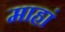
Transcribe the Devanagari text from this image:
माहां